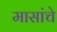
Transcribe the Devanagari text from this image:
मासांचे